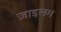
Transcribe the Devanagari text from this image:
ज़ाइलम